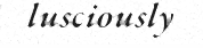
lusciously